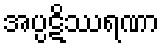
အပ္ပဋိဿရဏာ